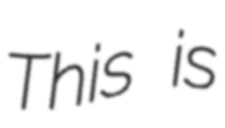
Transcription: This is